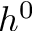
h ^ { 0 }